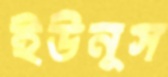
ইউনূস